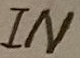
Text: IN